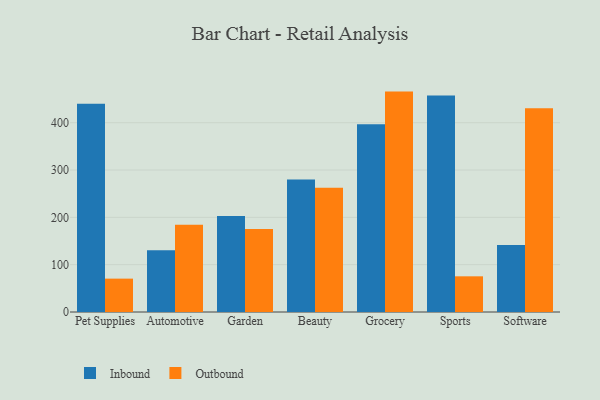
{"axis": {"x": "Category", "y": "Operating Costs (USD K)"}, "legend": ["Inbound", "Outbound"], "data": [{"x": "Pet Supplies", "y": 439.8, "type": "Inbound"}, {"x": "Pet Supplies", "y": 70.5, "type": "Outbound"}, {"x": "Automotive", "y": 130.6, "type": "Inbound"}, {"x": "Automotive", "y": 184.1, "type": "Outbound"}, {"x": "Garden", "y": 202.9, "type": "Inbound"}, {"x": "Garden", "y": 175.3, "type": "Outbound"}, {"x": "Beauty", "y": 280.1, "type": "Inbound"}, {"x": "Beauty", "y": 262.4, "type": "Outbound"}, {"x": "Grocery", "y": 396.9, "type": "Inbound"}, {"x": "Grocery", "y": 465.7, "type": "Outbound"}, {"x": "Sports", "y": 457.5, "type": "Inbound"}, {"x": "Sports", "y": 75.4, "type": "Outbound"}, {"x": "Software", "y": 141.6, "type": "Inbound"}, {"x": "Software", "y": 430.6, "type": "Outbound"}]}